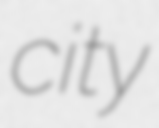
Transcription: city